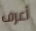
أعرف